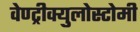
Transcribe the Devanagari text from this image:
वेण्ट्रीक्युलोस्टोमी